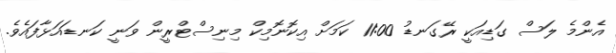
އެންމެ ލަސް ގަޑިއަކީ ރޭގަނޑު 11:00 ކަމަށް އިކޮނޮމިކް މިނިސްޓްރީން ވަނީ ކަނޑައަޅާފައެވެ.